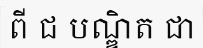
ពី ជ បណ្ឌិត ជា